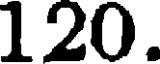
120.